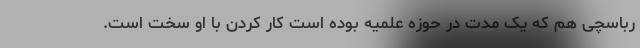
رباسچی هم که یک مدت در حوزه علمیه بوده است کار کردن با او سخت است.